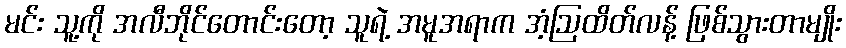
မင်း သူ့ကို အလီဘိုင်တောင်းတော့ သူရဲ့ အမူအရာက အံ့ဩထိတ်လန့် ဖြစ်သွားတာမျိုး